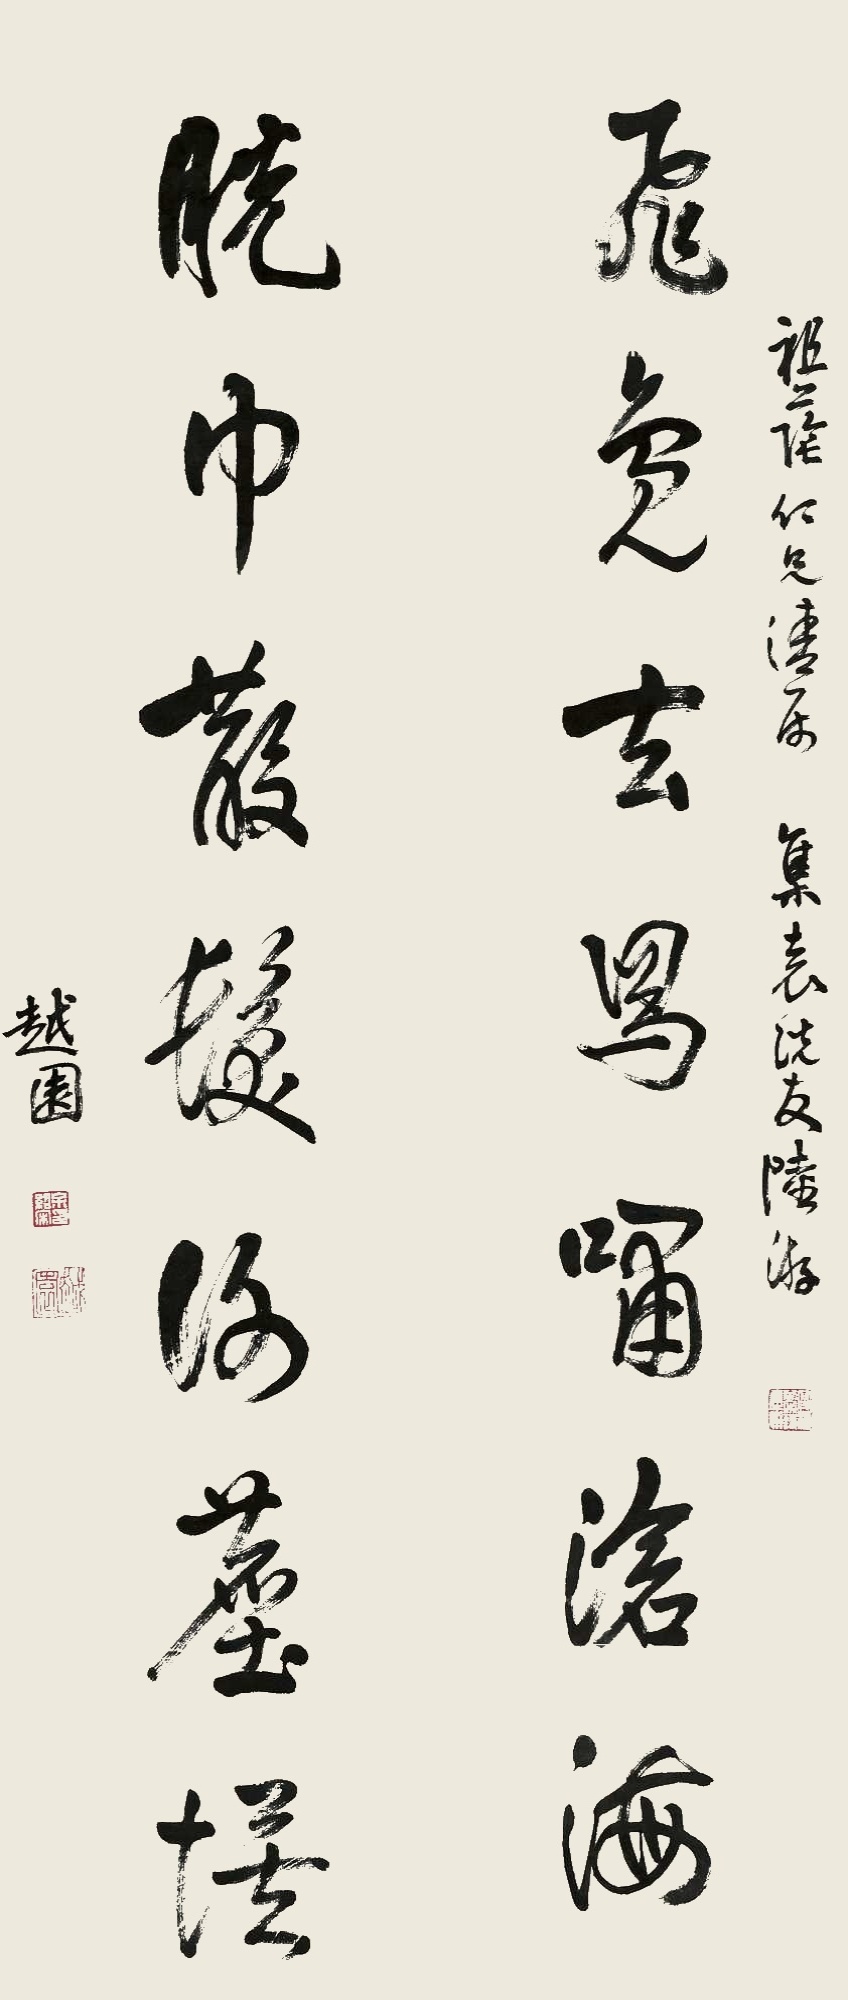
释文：飞凫去舄啸沧海，脱巾散发谢尘埃。祖荫仁兄清属，集袁说友、陆游。越园。